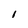
Character: l